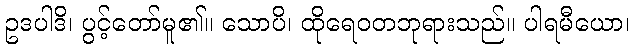
ဥဒပါဒိ၊ ပွင့်တော်မူ၏။ သောပိ၊ ထိုရေဝတဘုရားသည်။ ပါရမီယော၊